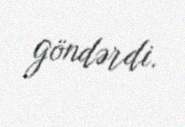
göndərdi.